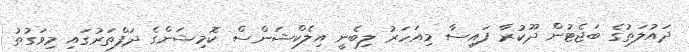
ދައުލަތުގެ ބަޖެޓުން ދޫކުރާ ފައިސާ މިއަހަރު ލިބެނީ އިލެކްޝަންސް ކޮމިޝަންގެ ދަފްތަރުގައި މިވަގުތު